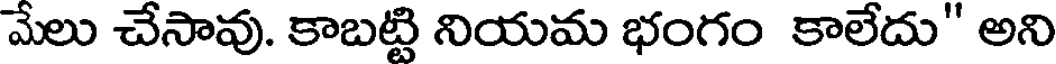
మేలు చేసావు. కాబట్టి నియమ భంగం కాలేదు" అని